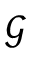
\mathcal { G }